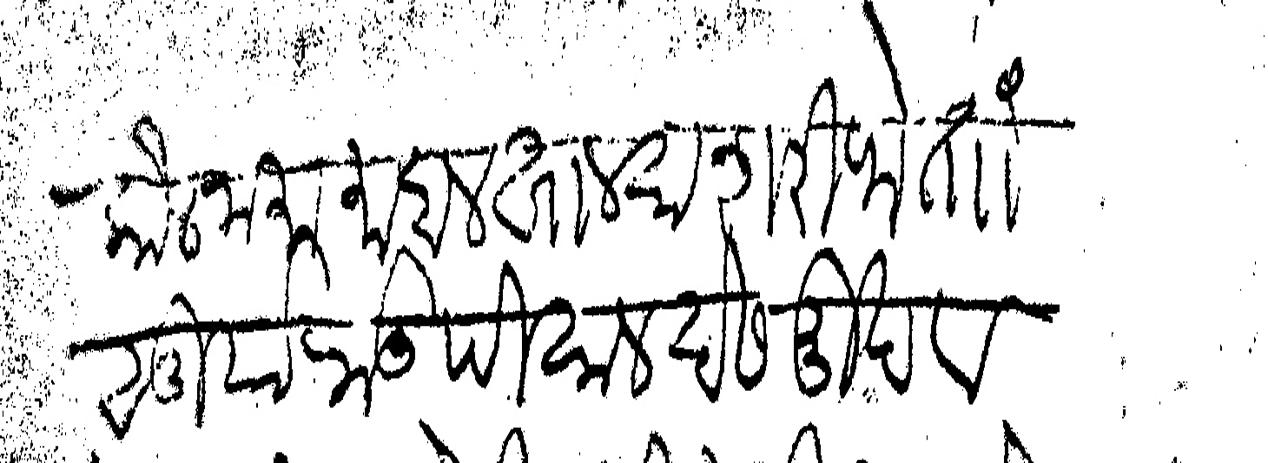
Transliteration (Devanagari): कौलनामा माहाल खालसा शरीफे ताा सूर्याराऊ पिसाल देसमुख व